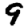
Digit: 9